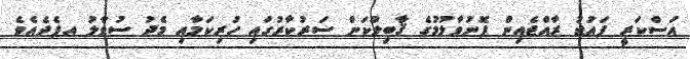
އަސްކަރީ ފައުޖު ރާއްޖެއިން ފޮނުވާލުމުގެ ޤާބިލުކަން ސަރުކާރުގައި ހުރިކަމާއި މެދު ސުވާލު އފެދެއެވެ